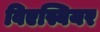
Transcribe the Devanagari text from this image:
विएस्बियर